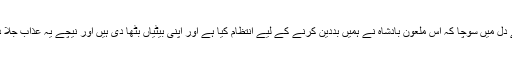
امیر نے دل میں سوچا کہ اس ملعون بادشاہ نے ہمیں بددین کرنے کے لیے انتظام کیا ہے اور اپنی بیٹیاں بٹھا دی ہیں اور نیچے یہ عذاب جلا دیا ہے ۔